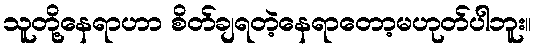
သူတို့နေရာဟာ စိတ်ချရတဲ့နေရာတော့မဟုတ်ပါဘူး။